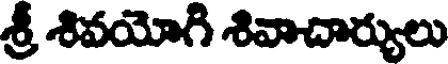
శ్రీ శివయోగి శివాచార్యులు